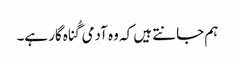
‏ ہم جانتے ہیں کہ وہ آدمی گُناہ‌گار ہے۔